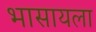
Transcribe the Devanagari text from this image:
भासायला